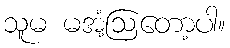
သူမ မအံ့ဩတော့ပါ။